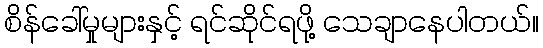
စိန်ခေါ်မှုများနှင့် ရင်ဆိုင်ရဖို့ သေချာနေပါတယ်။